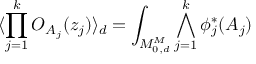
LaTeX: \langle \prod _ { j = 1 } ^ { k } { \cal O } _ { A _ { j } } ( z _ { j } ) \rangle _ { d } = \int _ { { \cal M } _ { 0 , d } ^ { M } } \bigwedge _ { j = 1 } ^ { k } \phi _ { j } ^ { * } ( A _ { j } )